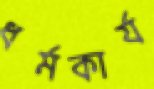
ধর্মকার্য